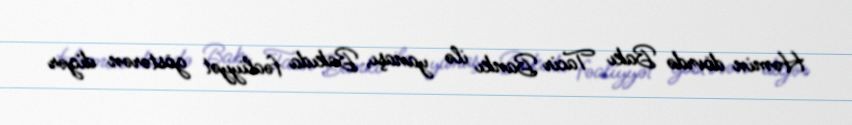
Həmin dövrdə Bakı Tacir Bankı ilə yanaşı, Bakıda fəaliyyət göstərən digər